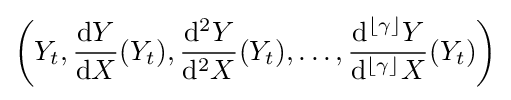
\left(Y_{t},{\frac {\mathrm {d} Y}{\mathrm {d} X}}(Y_{t}),{\frac {\mathrm {d} ^{2}Y}{\mathrm {d} ^{2}X}}(Y_{t}),\ldots ,{\frac {\mathrm {d} ^{\lfloor \gamma \rfloor }Y}{\mathrm {d} ^{\lfloor \gamma \rfloor }X}}(Y_{t})\right)